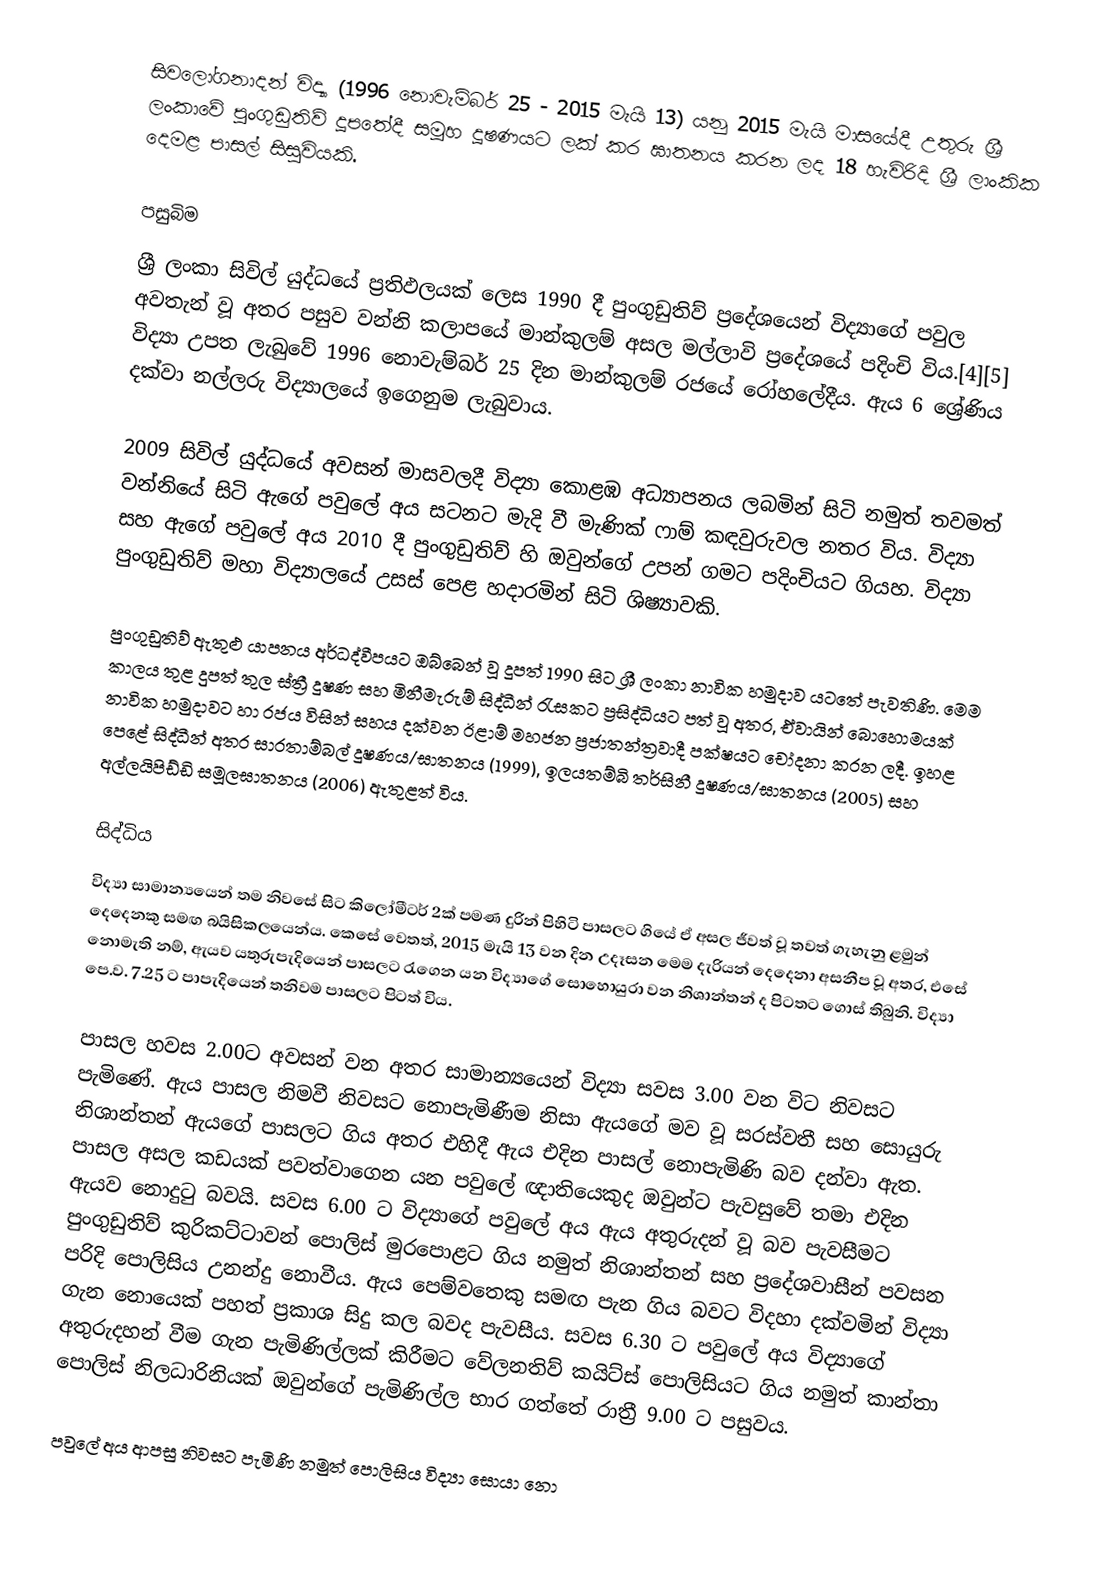
සිවලෝගනාදන් විද්‍යා (1996 නොවැම්බර් 25 - 2015 මැයි 13) යනු 2015 මැයි මාසයේදී උතුරු ශ්‍රී ලංකාවේ පුංගුඩුතිව් දූපතේදී සමූහ දූෂණයට ලක් කර ඝාතනය කරන ලද 18 හැවිරිදි ශ්‍රී ලාංකික දෙමළ පාසල් සිසුවියකි.

පසුබිම
ශ්‍රී ලංකා සිවිල් යුද්ධයේ ප්‍රතිඵලයක් ලෙස 1990 දී පුංගුඩුතිව් ප්‍රදේශයෙන් විද්‍යාගේ පවුල අවතැන් වූ අතර පසුව වන්නි කලාපයේ මාන්කුලම් අසල මල්ලාවි ප්‍රදේශයේ පදිංචි විය.[4][5] විද්‍යා උපත ලැබුවේ 1996 නොවැම්බර් 25 දින මාන්කුලම් රජයේ රෝහලේදීය. ඇය 6 ශ්‍රේණිය දක්වා නල්ලරු විද්‍යාලයේ ඉගෙනුම ලැබුවාය.

2009 සිවිල් යුද්ධයේ අවසන් මාසවලදී විද්‍යා කොළඹ අධ්‍යාපනය ලබමින් සිටි නමුත් තවමත් වන්නියේ සිටි ඇගේ පවුලේ අය සටනට මැදි වී මැණික් ෆාම් කඳවුරුවල නතර විය. විද්‍යා සහ ඇගේ පවුලේ අය 2010 දී පුංගුඩුතිව් හි ඔවුන්ගේ උපන් ගමට පදිංචියට ගියහ. විද්‍යා පුංගුඩුතිව් මහා විද්‍යාලයේ උසස් පෙළ හදාරමින් සිටි ශිෂ්‍යාවකි.

පුංගුඩුතිව් ඇතුළු යාපනය අර්ධද්වීපයට ඔබ්බෙන් වූ දූපත් 1990 සිට ශ්‍රී ලංකා නාවික හමුදාව යටතේ පැවතිණි. මෙම කාලය තුළ දුපත් තුල ස්ත්‍රී දූෂණ සහ මිනීමැරුම් සිද්ධීන් රැසකට ප්‍රසිද්ධියට පත් වූ අතර, ඒවායින් බොහොමයක් නාවික හමුදාවට හා රජය විසින් සහය දක්වන ඊළාම් මහජන ප්‍රජාතන්ත්‍රවාදී පක්ෂයට චෝදනා කරන ලදී. ඉහළ පෙළේ සිද්ධීන් අතර සාරතාම්බල් දූෂණය/ඝාතනය (1999), ඉලයතම්බි තර්සිනී දූෂණය/ඝාතනය (2005) සහ අල්ලයිපිඩ්ඩි සමූලඝාතනය (2006) ඇතුළත් විය.

සිද්ධිය
විද්‍යා සාමාන්‍යයෙන් තම නිවසේ සිට කිලෝමීටර් 2ක් පමණ දුරින් පිහිටි පාසලට ගියේ ඒ අසල ජීවත් වූ තවත් ගැහැනු ළමුන් දෙදෙනකු සමඟ බයිසිකලයෙන්ය. කෙසේ වෙතත්, 2015 මැයි 13 වන දින උදෑසන මෙම දැරියන් දෙදෙනා අසනීප වූ අතර, එසේ නොමැති නම්, ඇයව යතුරුපැදියෙන් පාසලට රැගෙන යන විද්‍යාගේ සොහොයුරා වන නිශාන්තන් ද පිටතට ගොස් තිබුනි. විද්‍යා පෙ.ව. 7.25 ට පාපැදියෙන් තනිවම පාසලට පිටත් විය.

පාසල හවස 2.00ට අවසන් වන අතර සාමාන්‍යයෙන් විද්‍යා සවස 3.00 වන විට නිවසට පැමිණේ. ඇය පාසල නිමවී නිවසට නොපැමිණීම නිසා ඇයගේ මව වූ සරස්වතී සහ සොයුරු නිශාන්තන් ඇයගේ පාසලට ගිය අතර එහිදී ඇය එදින පාසල් නොපැමිණි බව දන්වා ඇත. පාසල අසල කඩයක් පවත්වාගෙන යන පවුලේ ඥාතියෙකුද ඔවුන්ට පැවසුවේ තමා එදින ඇයව නොදුටු බවයි. සවස 6.00 ට විද්‍යාගේ පවුලේ අය ඇය අතුරුදන් වූ බව පැවසීමට පුංගුඩුතිව් කුරිකට්ටාවන් පොලිස් මුරපොළට ගිය නමුත් නිශාන්තන් සහ ප්‍රදේශවාසීන් පවසන පරිදි පොලිසිය උනන්දු නොවීය. ඇය පෙම්වතෙකු සමඟ පැන ගිය බවට විදහා දක්වමින් විද්‍යා ගැන නොයෙක් පහත් ප්‍රකාශ සිදු කල බවද පැවසීය. සවස 6.30 ට පවුලේ අය විද්‍යාගේ අතුරුදහන් වීම ගැන පැමිණිල්ලක් කිරීමට වේලනතිව් කයිට්ස් පොලිසියට ගිය නමුත් කාන්තා පොලිස් නිලධාරිනියක් ඔවුන්ගේ පැමිණිල්ල භාර ගත්තේ රාත්‍රී 9.00 ට පසුවය.

පවුලේ අය ආපසු නිවසට පැමිණි නමුත් පොලිසිය විද්‍යා සොයා නො